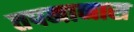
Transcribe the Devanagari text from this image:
तपमानास